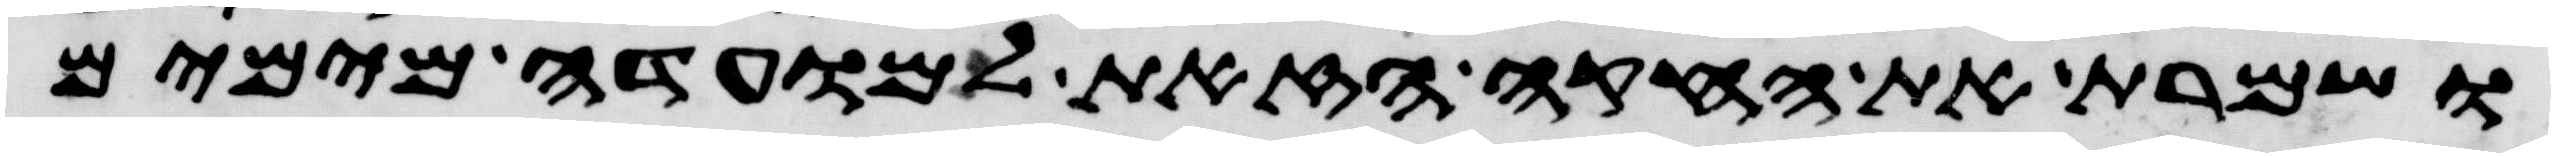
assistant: ושמרת את החקה הזאת למועדה מימים